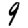
Digit: 9